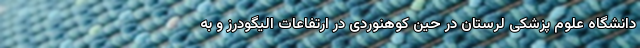
دانشگاه علوم پزشکی لرستان در حین کوهنوردی در ارتفاعات الیگودرز و به